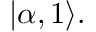
| \alpha , 1 \rangle .